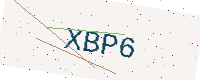
Text: XBP6